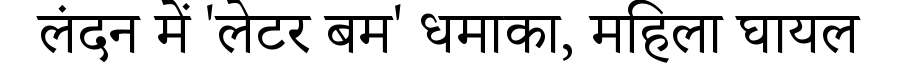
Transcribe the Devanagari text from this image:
लंदन में 'लेटर बम' धमाका, महिला घायल